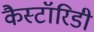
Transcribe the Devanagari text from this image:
कैस्टॉरिडी